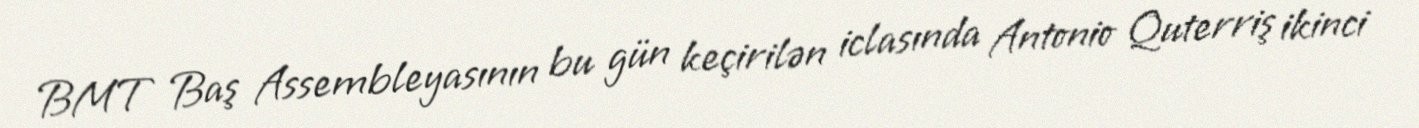
BMT Baş Assembleyasının bu gün keçirilən iclasında Antonio Quterriş ikinci